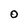
Character: 0